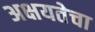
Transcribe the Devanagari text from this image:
अक्षयतेचा